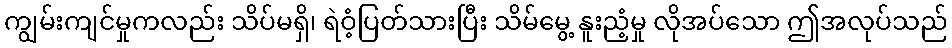
ကျွမ်းကျင်မှုကလည်း သိပ်မရှိ၊ ရဲဝံ့ပြတ်သားပြီး သိမ်မွေ့ နူးညံ့မှု လိုအပ်သော ဤအလုပ်သည်